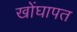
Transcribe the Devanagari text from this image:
खोंघापत